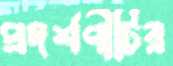
প্রদর্শণীটির